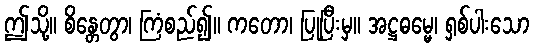
ဤသို့။ စိန္တေတွာ၊ ကြံစည်၍။ ကတော၊ ပြုပြီးမှ။ အဋ္ဌဓမ္မေ၊ ရှစ်ပါးသော